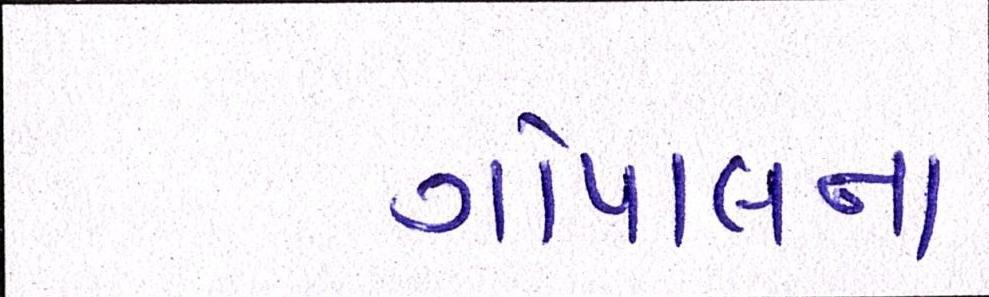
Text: ગોપાલના